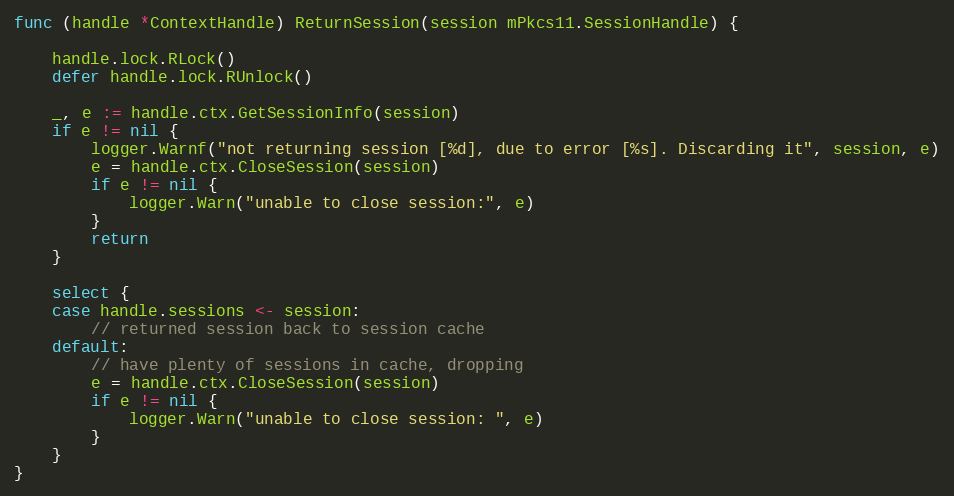
Language: Go
func (handle *ContextHandle) ReturnSession(session mPkcs11.SessionHandle) {

	handle.lock.RLock()
	defer handle.lock.RUnlock()

	_, e := handle.ctx.GetSessionInfo(session)
	if e != nil {
		logger.Warnf("not returning session [%d], due to error [%s]. Discarding it", session, e)
		e = handle.ctx.CloseSession(session)
		if e != nil {
			logger.Warn("unable to close session:", e)
		}
		return
	}

	select {
	case handle.sessions <- session:
		// returned session back to session cache
	default:
		// have plenty of sessions in cache, dropping
		e = handle.ctx.CloseSession(session)
		if e != nil {
			logger.Warn("unable to close session: ", e)
		}
	}
}